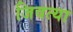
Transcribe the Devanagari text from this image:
जिवत्या